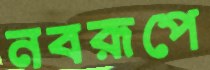
নবরূপে